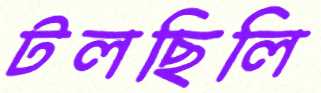
টলছিলি